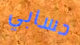
حسابي